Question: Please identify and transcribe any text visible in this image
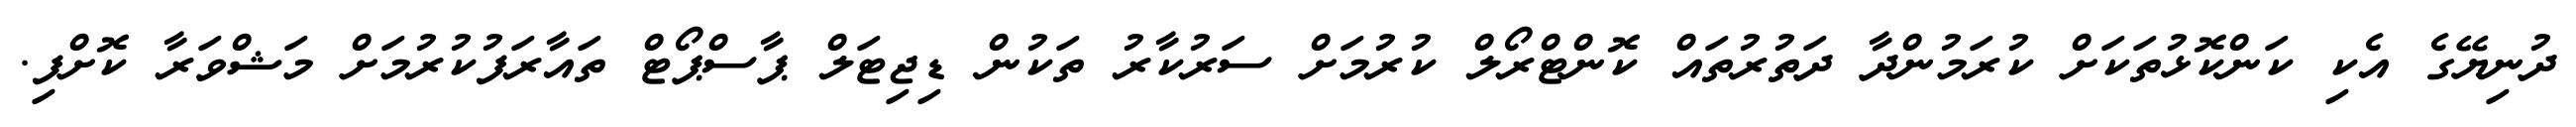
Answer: ދުނިޔޭގެ އެކި ކަންކޮޅުތަކަށް ކުރަމުންދާ ދަތުރުތައް ކޮންޓްރޯލް ކުރުމަށް ސަރުކާރު ތަކުން ޑިޖިޓަލް ޕާސްޕޯޓް ތައާރަފުކުރުމަށް މަޝްވަރާ ކޮށްފި.